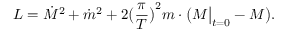
L = { \dot { M } } ^ { 2 } + { \dot { m } } ^ { 2 } + 2 \bigl ( \frac { \pi } { T } \bigr ) ^ { 2 } m \cdot \bigl ( M \big \vert _ { t = 0 } - M \bigr ) .